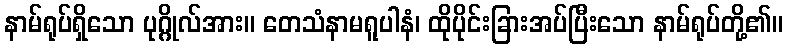
နာမ်ရုပ်ရှိသော ပုဂ္ဂိုလ်အား။ တေသံနာမရူပါနံ၊ ထိုပိုင်းခြားအပ်ပြီးသော နာမ်ရုပ်တို့၏။